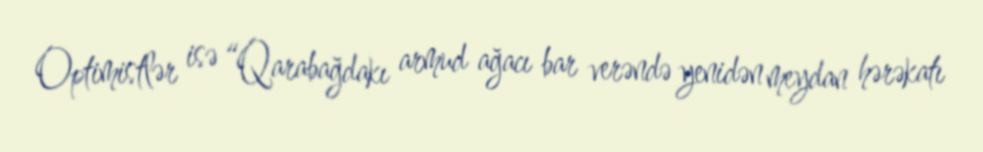
Optimistlər isə “Qarabağdakı armud ağacı bar verəndə yenidən meydan hərəkatı